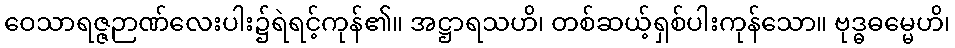
ဝေသာရဇ္ဇဉာဏ်လေးပါး၌ရဲရင့်ကုန်၏။ အဋ္ဌာရသဟိ၊ တစ်ဆယ့်ရှစ်ပါးကုန်သော။ ဗုဒ္ဓဓမ္မေဟိ၊